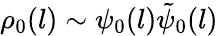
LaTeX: \rho_{0}(l)\sim\psi_{0}(l)\tilde{\psi}_{0}(l)